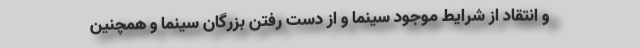
و انتقاد از شرایط موجود سینما و از دست رفتن بزرگان سینما و همچنین